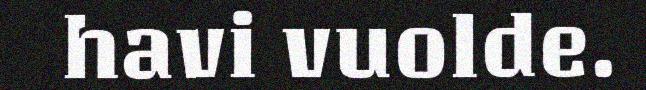
havi vuolde.